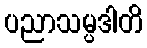
ပညာသမ္ပဒါတိ